Report of the Imperial Institute of Veterinary Research, Muktesar
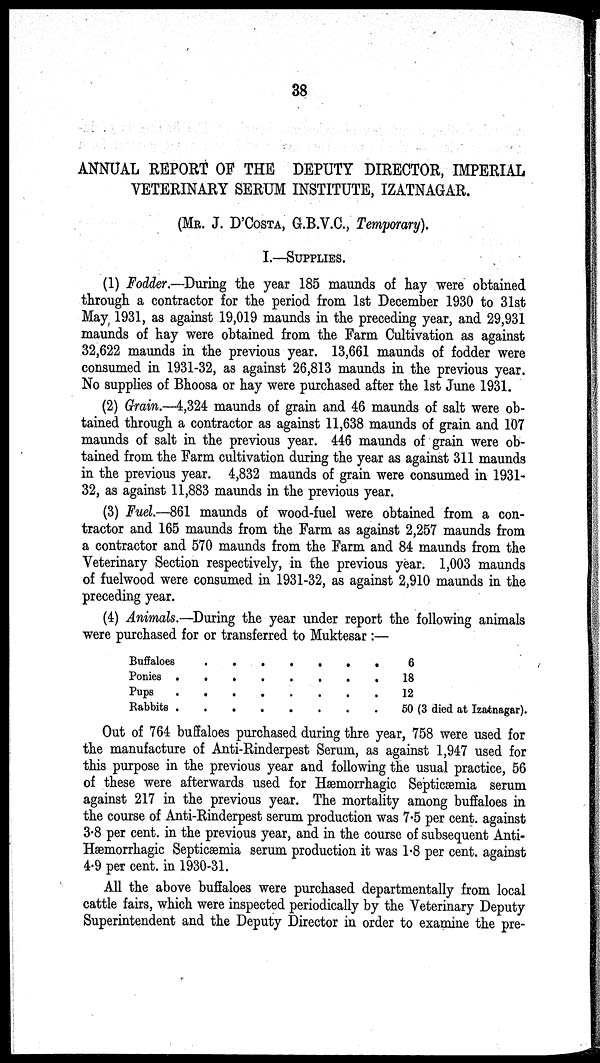
38
ANNUAL REPORT OF THE DEPUTY DIRECTOR, IMPERIAL
VETERINARY SERUM INSTITUTE, IZATNAGAR.
(MR. J. D' COSTA, G.B.V.C., Temporary).
I.—SUPPLIES.
(1) Fodder.—During the year 185 maunds of hay were obtained
through a contractor for the period from 1st December 1930 to 31st
May 1931, as against 19,019 maunds in the preceding year, and 29,931
maunds of hay were obtained from the Farm Cultivation as against
32,622 maunds in the previous year. 13,661 maunds of fodder were
consumed in 1931-32, as against 26,813 maunds in the previous year.
No supplies of Bhoosa or hay were purchased after the 1st June 1931.
(2) Grain.—4,324 maunds of grain and 46 maunds of salt were ob-
tained through a contractor as against 11,638 maunds of grain and 107
maunds of salt in the previous year. 446 maunds of grain were ob-
tained from the Farm cultivation during the year as against 311 maunds
in the previous year. 4,832 maunds of grain were consumed in 1931-
32, as against 11,883 maunds in the previous year.
(3) Fuel.—861 maunds of wood-fuel were obtained from a con-
tractor and 165 maunds from the Farm as against 2,257 maunds from
a contractor and 570 maunds from the Farm and 84 maunds from the
Veterinary Section respectively, in the previous year. 1,003 maunds
of fuelwood were consumed in 1931-32, as against 2,910 maunds in the
preceding year.
(4) Animals.—During the year under report the following animals
were purchased for or transferred to Muktesar :—
Buffaloes
Ponies
Pups
Rabbits
.
.
.
.
.
.
.
.
.
.
.
.
.
.
.
.
.
.
.
.
.
.
.
.
.
.
.
.
.
.
.
6
18
12
50 (3 died at Izatnagar).
Out of 764 buffaloes purchased during three year, 758 were used for
the manufacture of Anti-Rinderpest Serum, as against 1,947 used for
this purpose in the previous year and following the usual practice, 56
of these were afterwards used for Hæmorrhagic Septicæmia serum
against 217 in the previous year. The mortality among buffaloes in
the course of Anti-Rinderpest serum production was 7.5 per cent. against
3.8 per cent. in the previous year, and in the course of subsequent Anti-
Hæmorrhagic Septicæmia serum production it was 1.8 per cent. against
4.9 per cent. in 1930-31.
All the above buffaloes were purchased departmentally from local
cattle fairs, which were inspected periodically by the Veterinary Deputy
Superintendent and the Deputy Director in order to examine the pre-